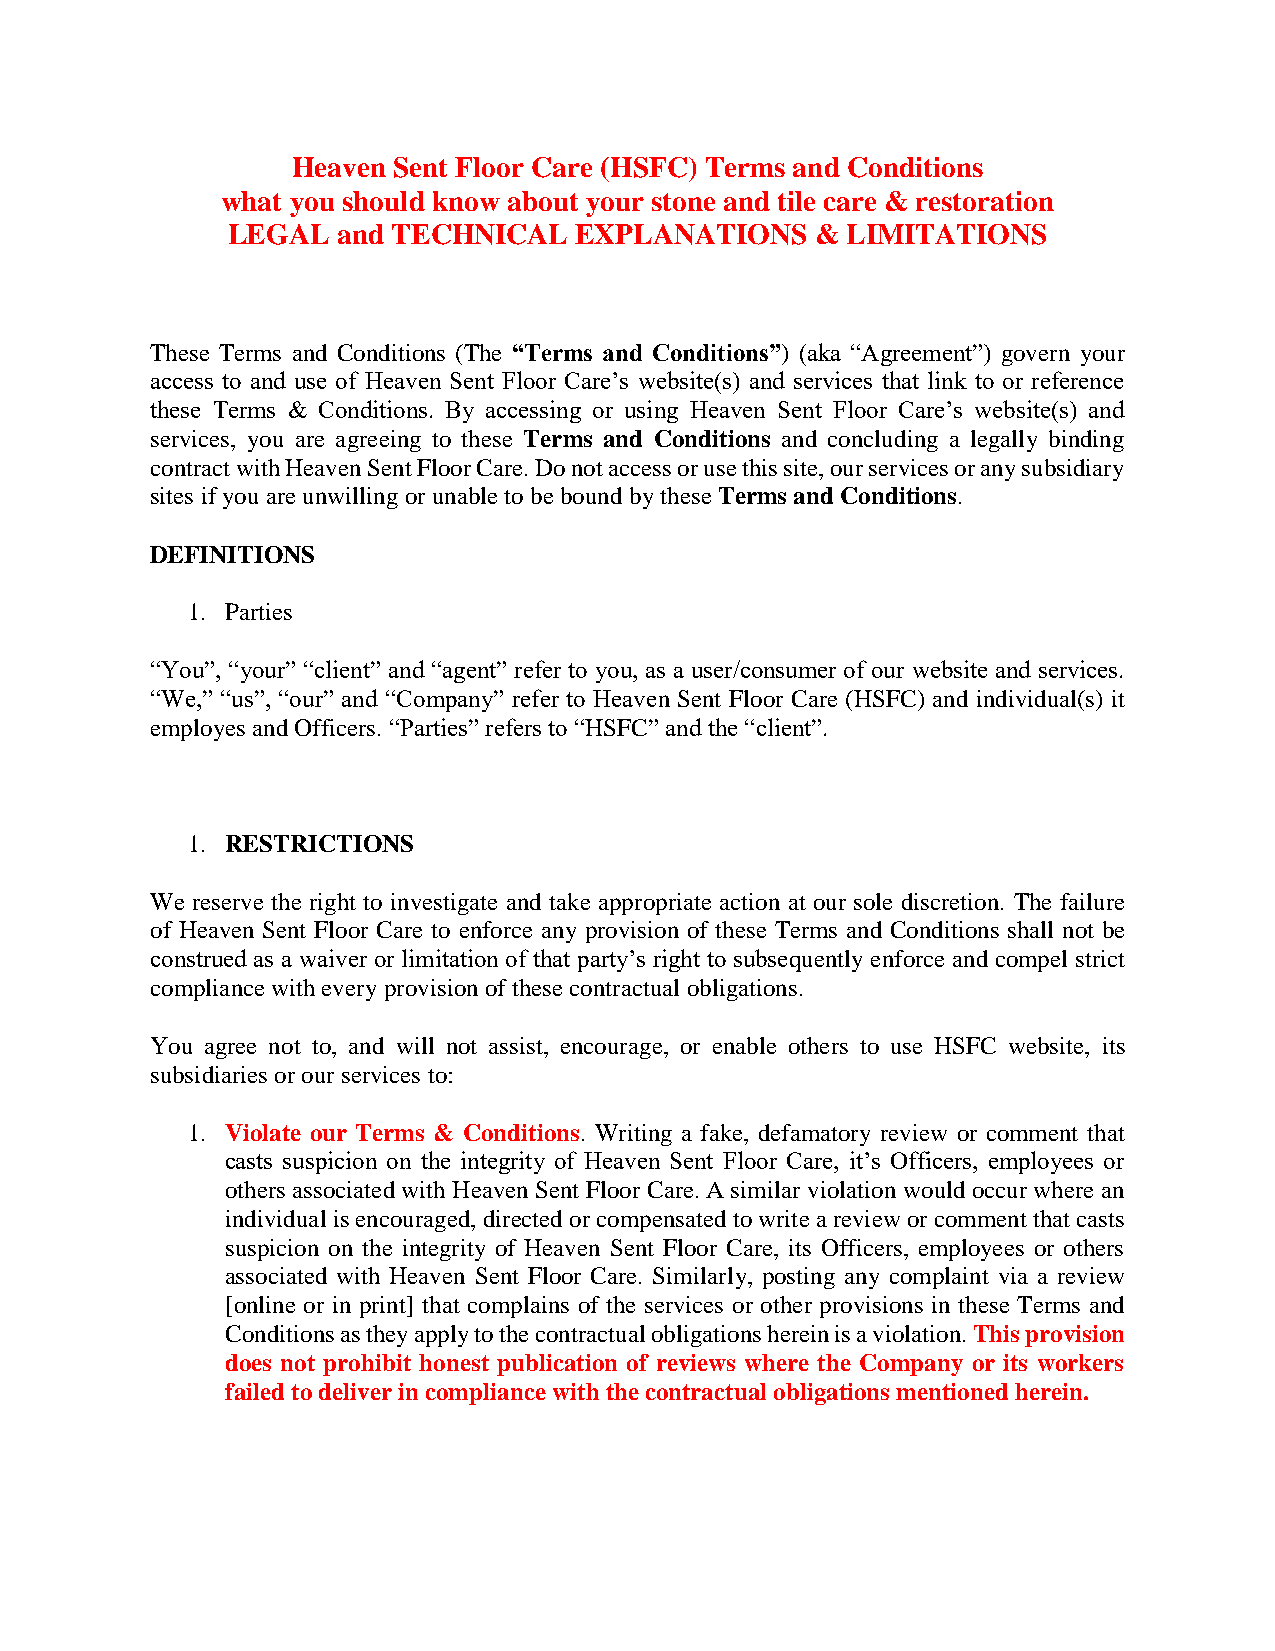
Heaven Sent Floor Care (HSFC) Terms and Conditions
 what you should know about your stone and tile care & restoration
 LEGAL  and TECHNICAL   EXPLANATIONS    & LIMITATIONS
 These Terms and Conditions (The “Terms and Conditions”) (aka “Agreement”) govern your
 access to and use of Heaven Sent Floor Care’s website(s) and services that link to or reference
 these Terms & Conditions. By accessing or using Heaven Sent Floor Care’s website(s) and
 services, you are agreeing to these Terms and Conditions and concluding a legally binding
 contract with Heaven Sent Floor Care. Do not access or use this site, our services or any subsidiary
 sites if you are unwilling or unable to be bound by these Terms and Conditions.
 DEFINITIONS
 1. Parties
 “You”, “your” “client” and “agent” refer to you, as a user/consumer of our website and services.
 “We,” “us”, “our” and “Company” refer to Heaven Sent Floor Care (HSFC) and individual(s) it
 employes and Officers. “Parties” refers to “HSFC” and the “client”.
 1. RESTRICTIONS
 We reserve the right to investigate and take appropriate action at our sole discretion. The failure
 of Heaven Sent Floor Care to enforce any provision of these Terms and Conditions shall not be
 construed as a waiver or limitation of that party’s right to subsequently enforce and compel strict
 compliance with every provision of these contractual obligations.
 You agree not to, and will not assist, encourage, or enable others to use HSFC website, its
 subsidiaries or our services to:
 1. Violate our Terms & Conditions. Writing a fake, defamatory review or comment that
 casts suspicion on the integrity of Heaven Sent Floor Care, it’s Officers, employees or
 others associated with Heaven Sent Floor Care. A similar violation would occur where an
 individual is encouraged, directed or compensated to write a review or comment that casts
 suspicion on the integrity of Heaven Sent Floor Care, its Officers, employees or others
 associated with Heaven Sent Floor Care. Similarly, posting any complaint via a review
 [online or in print] that complains of the services or other provisions in these Terms and
 Conditions as they apply to the contractual obligations herein is a violation. This provision
 does not prohibit honest publication of reviews where the Company or its workers
 failed to deliver in compliance with the contractual obligations mentioned herein.